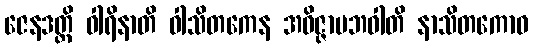
ဇေနဒတ္တိ ဝါရိနာတိ ဝါသိတကေန အဝိဇ္ဇာပဘဝါတိ နာသိတကောဝ